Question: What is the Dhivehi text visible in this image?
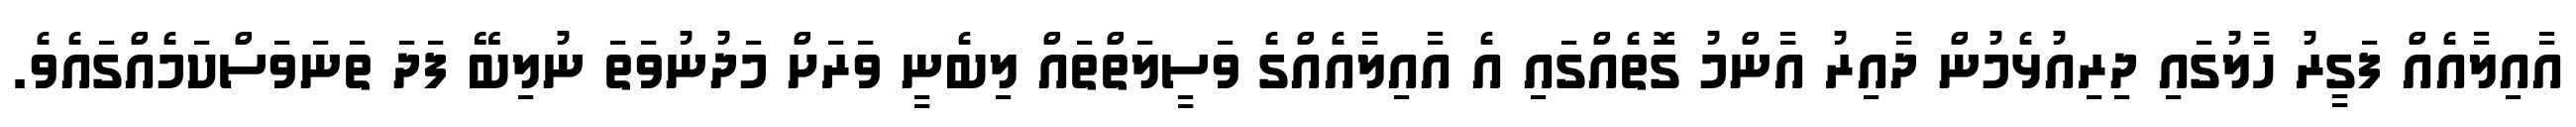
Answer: އާއިލާއެއް ފަގީރު ހާލުގައި ދިރިއުޅެމުން ދާއިރު އާންމު ގޮތެއްގައި އެ އާއިލާއެއްގެ ވަސީލަތްތައް ލިބެނީ ވަރަށް މަދުނުވަތަ ނުލިބޭ ފަދަ ތަނަވަސްކަމެއްގައެވެ.